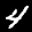
Label: 4